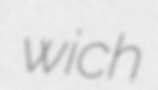
wich